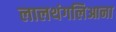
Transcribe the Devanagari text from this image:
लालथंगलिआना